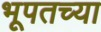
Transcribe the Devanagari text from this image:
भूपतच्या